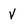
Character: V